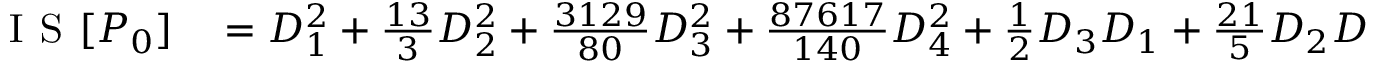
\begin{array} { r l } { \textsc { I S } [ P _ { 0 } ] } & { { } = D _ { 1 } ^ { 2 } + \frac { 1 3 } { 3 } D _ { 2 } ^ { 2 } + \frac { 3 1 2 9 } { 8 0 } D _ { 3 } ^ { 2 } + \frac { 8 7 6 1 7 } { 1 4 0 } D _ { 4 } ^ { 2 } + \frac { 1 } { 2 } D _ { 3 } D _ { 1 } + \frac { 2 1 } { 5 } D _ { 2 } D _ { 4 } . } \end{array}